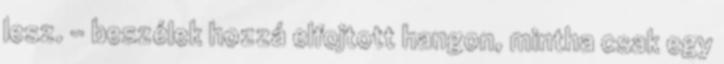
lesz. - beszélek hozzá elfojtott hangon, mintha csak egy